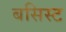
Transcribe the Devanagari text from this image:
बसिस्ट